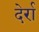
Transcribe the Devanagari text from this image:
देर्रा